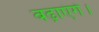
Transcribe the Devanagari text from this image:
बढ़ाएंगे।